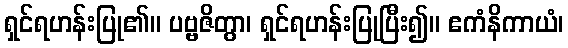
ရှင်ရဟန်းပြု၏။ ပဗ္ဗဇိတွာ၊ ရှင်ရဟန်းပြုပြီး၍။ ဧကံနိကာယံ၊